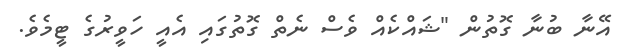
އޭނާ ބުނާ ގޮތުން "ޝައްކެއް ވެސް ނެތް ގޮތުގައި އެއީ ހަވީރުގެ ޓީމެވެ.